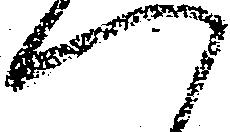
つ